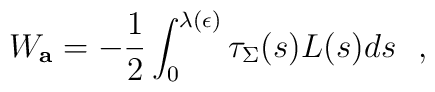
W_{\bf a}=-{1\over 2}\int_0^{\lambda (\epsilon )}\tau_\Sigma (s) L(s)ds~~,